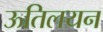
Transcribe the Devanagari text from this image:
ऊतिलयन